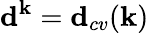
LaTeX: \textbf{d}^{\textbf{k}}=\textbf{d}_{cv}(\textbf{k})